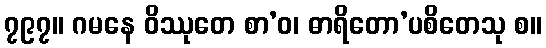
၇၉၇။ ဂမနေ ဝိဿုတေ စာ’ဝ၊ ဓာရိတော’ပစိတေသု စ။